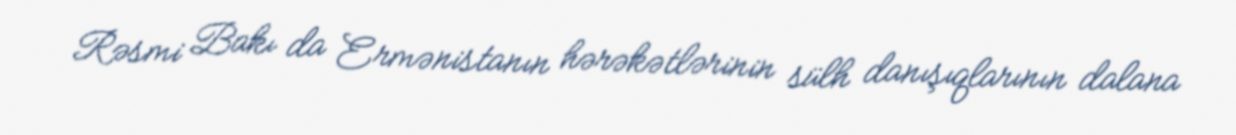
Rəsmi Bakı da Ermənistanın hərəkətlərinin sülh danışıqlarının dalana